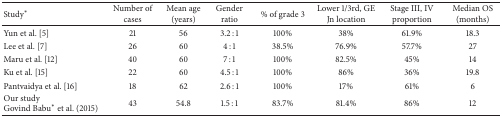
<table><thead><tr><td><b>Study<sup><i>∗</i></sup></b></td><td><b>Number of cases</b></td><td><b>Mean age (years)</b></td><td><b>Gender ratio</b></td><td><b>% of grade 3</b></td><td><b>Lower 1/3rd, GE Jn location</b></td><td><b>Stage III, IV proportion</b></td><td><b>Median OS (months)</b></td></tr></thead><tbody><tr><td>Yun et al. [5] </td><td>21</td><td>56</td><td>3.2 : 1</td><td>100%</td><td>38%</td><td>61.9%</td><td>18.3</td></tr><tr><td>Lee et al. [7] </td><td>26</td><td>60</td><td>4 : 1</td><td>38.5%</td><td>76.9%</td><td>57.7%</td><td>27</td></tr><tr><td>Maru et al. [12] </td><td>40</td><td>60</td><td>7 : 1</td><td>100%</td><td>82.5%</td><td>45%</td><td>14</td></tr><tr><td>Ku et al. [15] </td><td>22</td><td>60</td><td>4.5 : 1</td><td>100%</td><td>86%</td><td>36%</td><td>19.8</td></tr><tr><td>Pantvaidya et al. [16] </td><td>18</td><td>62</td><td>2.6 : 1</td><td>100%</td><td>17%</td><td>61%</td><td>6</td></tr><tr><td>Our studyGovind Babu<sup><i>∗</i></sup> et al. (2015)</td><td>43</td><td>54.8</td><td>1.5 : 1</td><td>83.7%</td><td>81.4%</td><td>86%</td><td>12</td></tr></tbody></table>